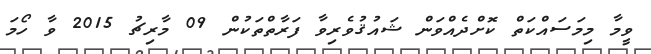
ވީމާ މިމަސައްކަތް ކޮށްދެއްވަން ޝައުޤުވެރިވާ ފަރާތްތަކުން 09 މާރިޗު 2015 ވާ ހޯމަ